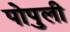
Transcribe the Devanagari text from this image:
पोपुली